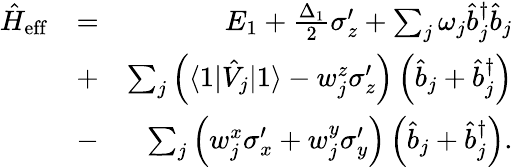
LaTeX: \begin{array}{rlr}{\hat{H}_{\mathrm{eff}}}&{=}&{E_{1}+\frac{\Delta_{1}}{2}\sigma_{z}^{\prime}+\sum_{j}\omega_{j}\hat{b}_{j}^{\dagger}\hat{b}_{j}}\\ &{+}&{\sum_{j}\left(\langle 1|\hat{V}_{j}|1\rangle-w_{j}^{z}\sigma_{z}^{\prime}\right)\left(\hat{b}_{j}+\hat{b}_{j}^{\dagger}\right)}\\ &{-}&{\sum_{j}\left(w_{j}^{x}\sigma_{x}^{\prime}+w_{j}^{y}\sigma_{y}^{\prime}\right)\left(\hat{b}_{j}+\hat{b}_{j}^{\dagger}\right).}\end{array}